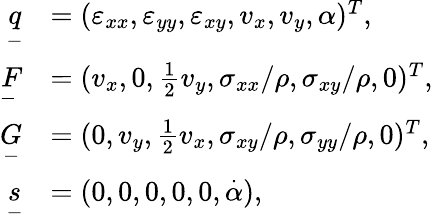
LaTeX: \begin{array}{rl}{\underset{-}{q}}&{=(\varepsilon_{xx},\varepsilon_{yy},\varepsilon_{xy},v_{x},v_{y},\alpha)^{T},}\\ {\underset{-}{F}}&{=(v_{x},0,\frac{1}{2}v_{y},\sigma_{xx}/\rho,\sigma_{xy}/\rho,0)^{T},}\\ {\underset{-}{G}}&{=(0,v_{y},\frac{1}{2}v_{x},\sigma_{xy}/\rho,\sigma_{yy}/\rho,0)^{T},}\\ {\underset{-}{s}}&{=(0,0,0,0,0,\overset{\cdot}{\alpha}),}\end{array}